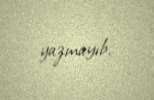
yazmayıb.